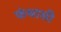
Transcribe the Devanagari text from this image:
फंथासी